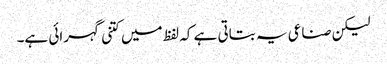
لیکن صناعی یہ بتاتی ہے کہ لفظ میں کتنی گہرائی ہے۔